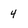
Character: 4